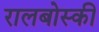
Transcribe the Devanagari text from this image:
रालबोस्की